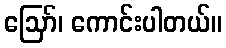
ဪ၊ ကောင်းပါတယ်။